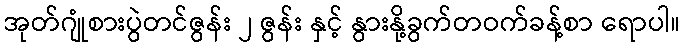
အုတ်ဂျုံစားပွဲတင်ဇွန်း ၂ ဇွန်း နှင့် နွားနို့ခွက်တဝက်ခန့်စာ ရောပါ။